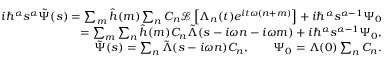
\begin{array} { r } { i \hbar ^ { \alpha } s ^ { \alpha } \tilde { \Psi } ( s ) = \sum _ { m } \hat { h } ( m ) \sum _ { n } C _ { n } \mathcal { L } \left[ \Lambda _ { n } ( t ) e ^ { i t \omega ( n + m ) } \right] + i \hbar ^ { \alpha } s ^ { \alpha - 1 } \Psi _ { 0 } } \\ { = \sum _ { m } \sum _ { n } \hat { h } ( m ) C _ { n } \tilde { \Lambda } ( s - i \omega n - i \omega m ) + i \hbar ^ { \alpha } s ^ { \alpha - 1 } \Psi _ { 0 } , } \\ { \tilde { \Psi } ( s ) = \sum _ { n } \tilde { \Lambda } ( s - i \omega n ) C _ { n } , \quad \quad \Psi _ { 0 } = \Lambda ( 0 ) \sum _ { n } C _ { n } . } \end{array}